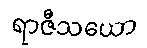
ရာဇီသယော